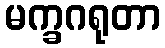
မက္ခဂရုတာ